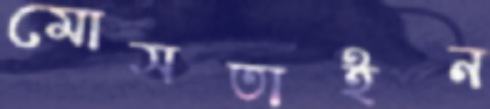
মোসতাইন